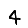
Digit: 4